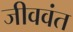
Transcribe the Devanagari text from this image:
जीववंत